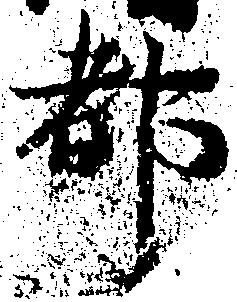
都